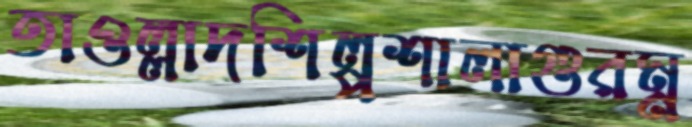
তাওল্লাদশিল্পশালাগুরম্ন